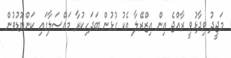
މަޖީދު ވިދާޅުވީ ރާއްޖެ އިން އިޒްރޭލާ އެކު ގުޅުން ބަދަހިކުރާ މައްސަލާގައި ކަންބޮޑުވުން